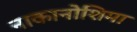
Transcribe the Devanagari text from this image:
नाकानोशिमा